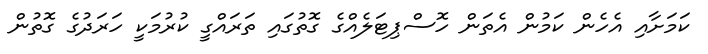
ކަމަށާއި އެހެން ކަމުން އެތަން ހޮސްޕިޓަލެއްގެ ގޮތުގައި ތަރައްގީ ކުރުމަކީ ހަރަދުގެ ގޮތުން